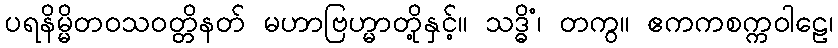
ပရနိမ္မိတဝသဝတ္တိနတ် မဟာဗြဟ္မာတို့နှင့်။ သဒ္ဓိံ၊ တကွ။ ဧကကစက္ကဝါဠေ၊